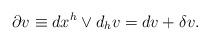
LaTeX: \begin{align*}\partial v\equiv dx^{h}\vee d_{h}v=dv+\delta v.\end{align*}